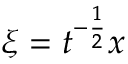
\xi = t ^ { - \frac { 1 } { 2 } } x